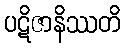
ပဋိဇာနိဿတိ